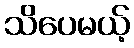
သိပေမယ့်